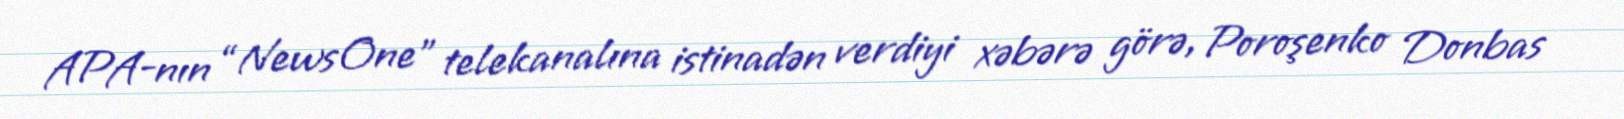
APA-nın “NewsOne” telekanalına istinadən verdiyi xəbərə görə, Poroşenko Donbas